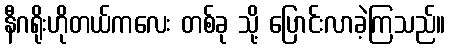
နီဂရိုးဟိုတယ်ကလေး တစ်ခု သို့ ပြောင်းလာခဲ့ကြသည်။